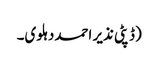
(ڈپٹی نذیر احمددہلوی۔